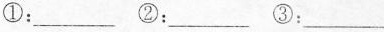
①：___②：___③：___〈